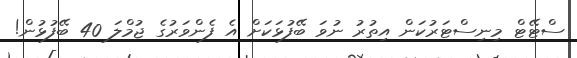
ސްޓޭޓް މިނިސްޓަރުކަން އިތުރު ނުވަ ބޭފުޅަކަށް އެ ފެންވަރުގެ ޖުމްލަ 40 ބޭފުޅުން!